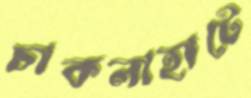
চাকলাহাটে